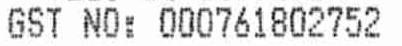
GST NO: 000761802752